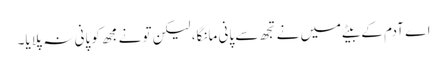
اے آدم کے بیٹے میں نے تجھ سے پانی مانگا، لیکن تو نے مجھ کو پانی نہ پلایا۔